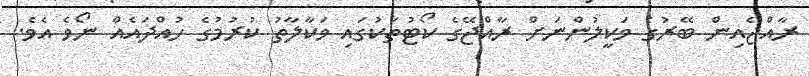
ރާއްޖެއިން ބޭރުގެ ވަކީލުންނަށް ރާއްޖޭގެ ކޯޓުތަކުގައި ވަކާލާތު ކުރުމުގެ ހުއްދައެއް ނޯވެ އެވެ.